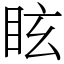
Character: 眩